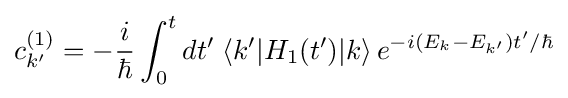
c_{k'}^{(1)}=-{\frac {i}{\hbar }}\int _{0}^{t}dt'\;\langle k'|H_{1}(t')|k\rangle \,e^{-i(E_{k}-E_{k'})t'/\hbar }